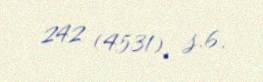
242 (4531), s.6.